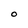
Character: O